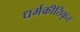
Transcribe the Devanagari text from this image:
धर्मकीर्तिकृत